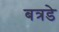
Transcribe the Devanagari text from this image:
बत्रडे